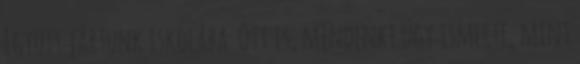
Együtt jártunk iskolába. Ott is, mindenki úgy ismerte, mint